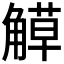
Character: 𧤣